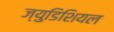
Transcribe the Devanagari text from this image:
ज्युडिशियल